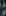
: